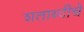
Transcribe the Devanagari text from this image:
शताब्दीचे